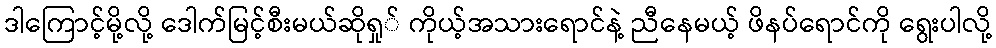
ဒါကြောင့်မို့လို့ ဒေါက်မြင့်စီးမယ်ဆိုရှု် ကိုယ့်အသားရောင်နဲ့ ညီနေမယ့် ဖိနပ်ရောင်ကို ရွေးပါလို့